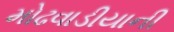
મોઢવાડીયાની